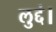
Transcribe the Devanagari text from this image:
लुद्दं।